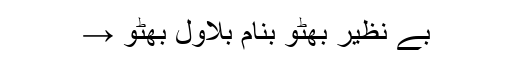
بے نظیر بھٹو بنام بلاول بھٹو →